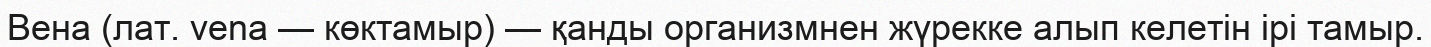
Вена (лат. vena — көктамыр) — қанды организмнен жүрекке алып келетін ірі тамыр.